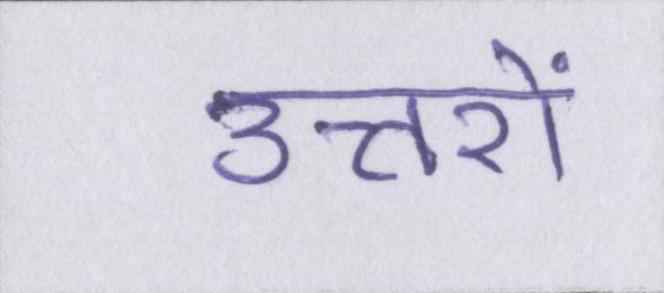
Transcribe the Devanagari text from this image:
उत्तरों